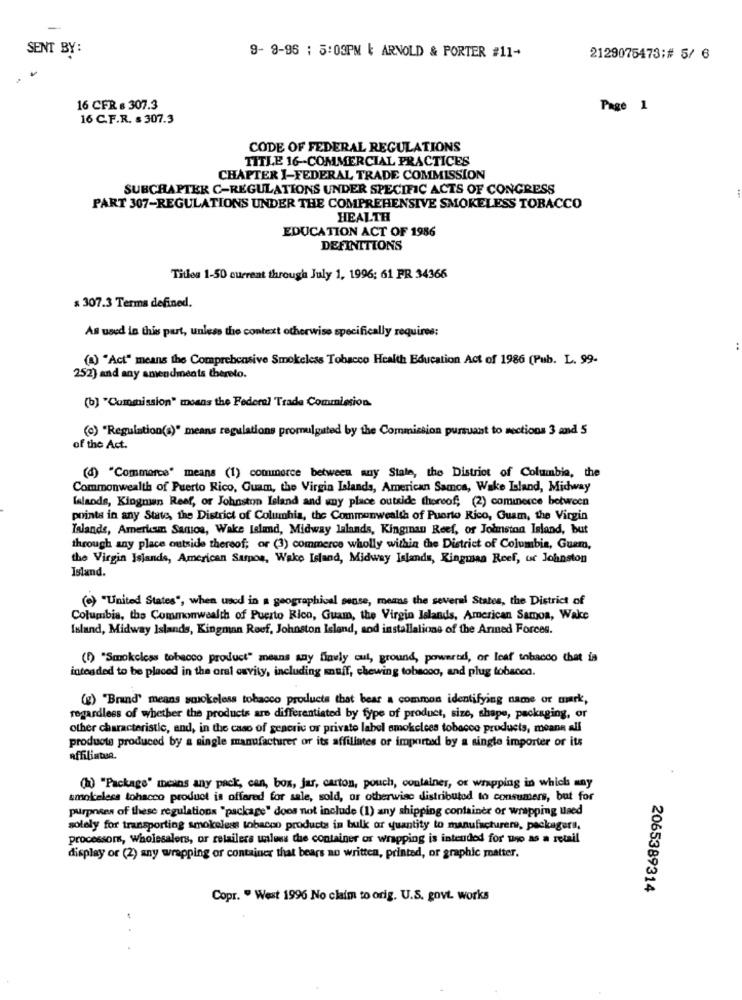
SENT BY:
9- 9-96 : 5:03PM | ARNOLD & PORTER #11-
2129075473;# 5/ 6
16 CFR & 307.3
Page 1
16 C.F.R. & 307.3
CODE OF FEDERAL REGULATIONS
TITLE 16-COMMERCIAL PRACTICES
CHAPTER I-FEDERAL TRADE COMMISSION
SUBCHAPTER C-REGULATIONS UNDER SPECIFIC ACTS OF CONGRESS
PART 307-REGULATIONS UNDER THE COMPREHENSIVE SMOKELESS TOBACCO
HEALTH
EDUCATION ACT OF 1986
DEFINITIONS
Titles 1-50 current through July 1, 1996; 61 PR 34366
$ 307.3 Terma defined.
As used in this part, unless the context otherwise specifically requires:
(A) "Act" means the Comprehensive Smokeless Tobacco Health Education Act of 1986 (Pub. L. 99-
252) and any amendments thereto.
(b) "Commission" means the Federal Trade Commission.
(o) "Regulation(s)" means regulations promulgated by the Commission pursuant to sections 3 and 5
of the Act.
(d) "Commerce" means (1) commerce between auy Stale, the District of Columbia, the
Commonwealth of Puerto Rico, Guam, the Virgin Islands, American Samoa, Wake Island, Midway
lalaods, Kingman Reef, or Johnston Island and any place outside thereof, (2) cominecce between
points in any State, the District of Columbia, the Commonwealth of Puerto Rico, Guam, the Virgin
Islands, American Samoa, Wake Island, Midway lalands, Kinginan Reef, or Johnston Island, but
through any place outside thereof; or (3) commerce wholly within the District of Columbia, Guem,
the Virgin Islands, American Sampos, Wake Island, Midway Islands, Kingmaa Reef, ur Johnston
Island.
(e) "United States", when used in a geographical sease, mens the several States, the District of
Columbia, the Commonwealth of Puerto Rico, Guam, the Virgin Islands, American Samoa, Wake
Island, Midway Islands, Kingman Reef, Johnston Island, aod installations of the Anned Forces.
(1) "Smokeless tobacco product" means any finvly cut, ground, poweredi, or leaf tobacco that is
intended to be placed in the oral cavity, including maff, chewing tobacco, and plug tobacco.
(g) "Brand' means solokeless tobacco products that bear a common identifying name or mark,
regardless of whether the products are differentiated by type of product, size, shape, packaging, or
other characteristic, and, in the case of generic or private label smokelees tobacco products, means all
producte produced by a single manufacturer or its affiliates or imported by a single importer or its
affiliatia
(h) "Package" means any pack, can, box, jar, carton, pouch, container, or wrapping in which any
smokeless tobacco product is offered for sale, sold, or otherwise distributed to consumers, but for
purposes of these regulations "package" does not include (1) any shipping container or wrapping used
solely for transporting smokeless tobacco products in bulk or quantity to manufacturer, packagers,
processors, wholesalers, or retailers unless the container or wrapping is intended for uno as a retail
display or (2) any wrapping or container that bears no written, printed, or graphic matter.
2065389314
Copr. " West 1996 No claim to orig. U.S. govt. works
..